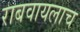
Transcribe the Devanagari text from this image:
राबवायलाच